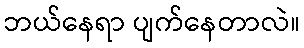
ဘယ်နေရာ ပျက်နေတာလဲ။